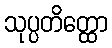
သုပ္ပတိတ္ထော